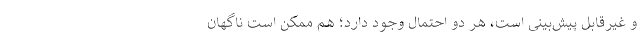
و غیرقابل پیش‌بینی است، هر دو احتمال وجود دارد؛ هم ممکن است ناگهان